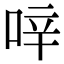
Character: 㖕